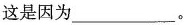
这是因为___。